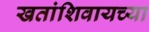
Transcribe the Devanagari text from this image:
खतांशिवायच्या